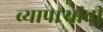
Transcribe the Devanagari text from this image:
व्यापाऱ्यांची